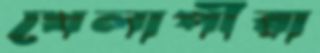
খেলাপীরা